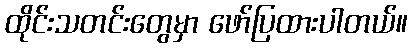
ထိုင်းသတင်းတွေမှာ ဖော်ပြထားပါတယ်။